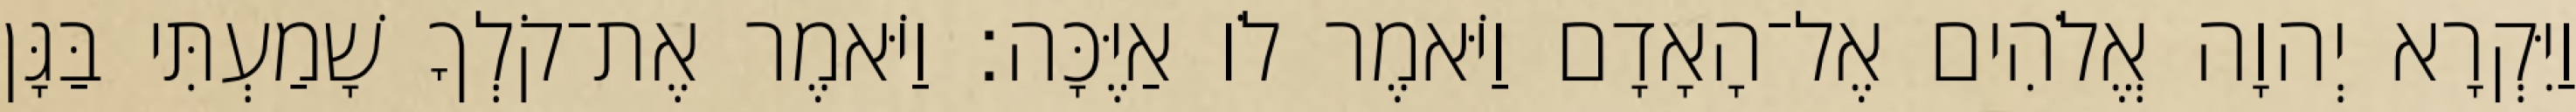
וַיִּקְרָא יְהוָה אֱלֹהִים אֶל־הָאָדָם וַיֹּאמֶר לֹו אַיֶּכָּה׃ וַיֹּאמֶר אֶת־קֹלְךָ שָׁמַעְתִּי בַּגָּן